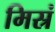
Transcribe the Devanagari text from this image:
मिस्रं